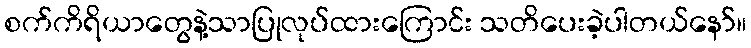
စက်ကိရိယာတွေနဲ့သာပြုလုပ်ထားကြောင်း သတိပေးခဲ့ပါတယ်နော်။